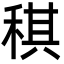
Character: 稘